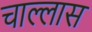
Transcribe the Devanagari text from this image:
चाल्लास